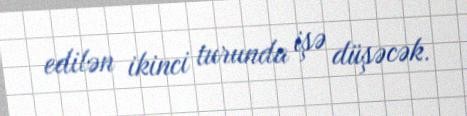
edilən ikinci turunda işə düşəcək.